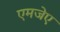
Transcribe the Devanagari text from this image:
एमजेए